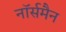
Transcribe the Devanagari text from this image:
नॉर्समैन